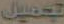
تحميل